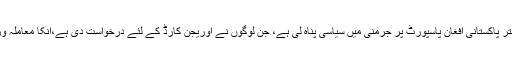
نادرا حکام نے بتایاکہ بیشتر پاکستانی افغان پاسپورٹ پر جرمنی میں سیاسی پناہ لی ہے، جن لوگوں نے اوریجن کارڈ کے لئے درخواست دی ہے،انکا معاملہ وزرات داخلہ کو بھیجا ہے۔